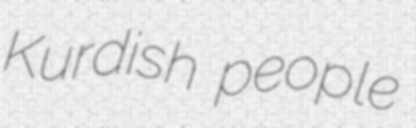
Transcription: Kurdish people